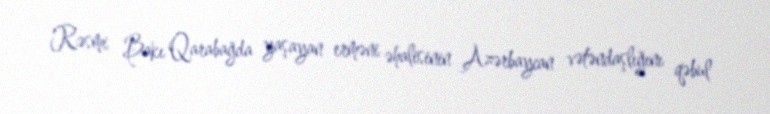
Rəsmi Bakı Qarabağda yaşayan erməni əhalisinin Azərbaycan vətəndaşlığını qəbul